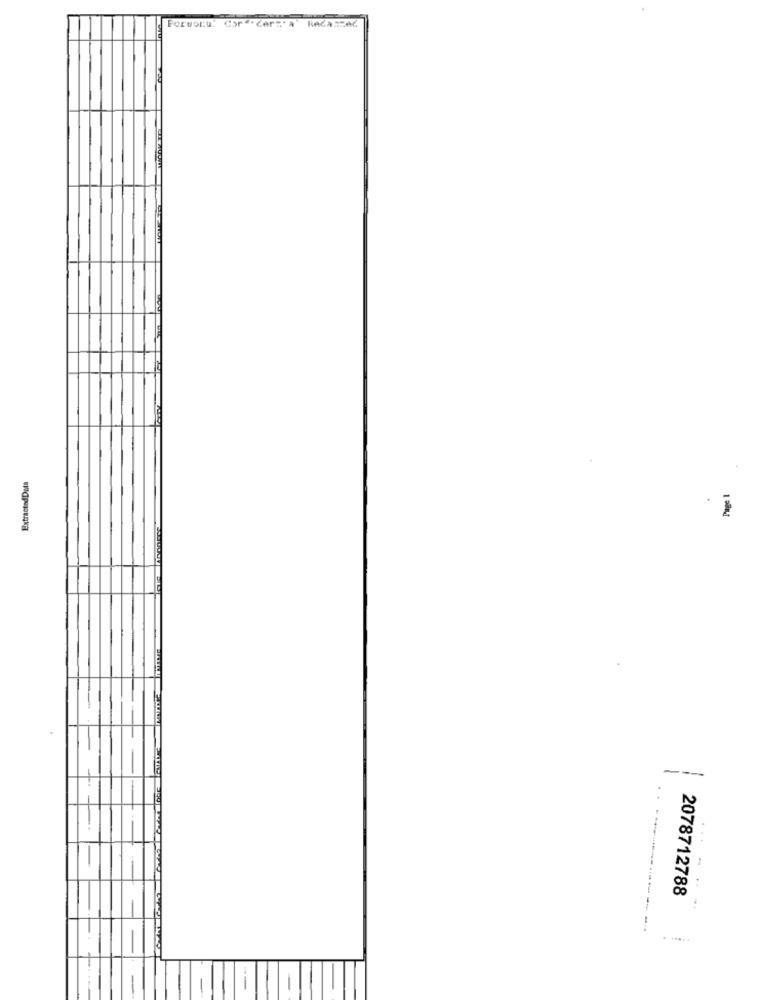
RAGASZAC
ExtractedData
1 00
---
2078712788